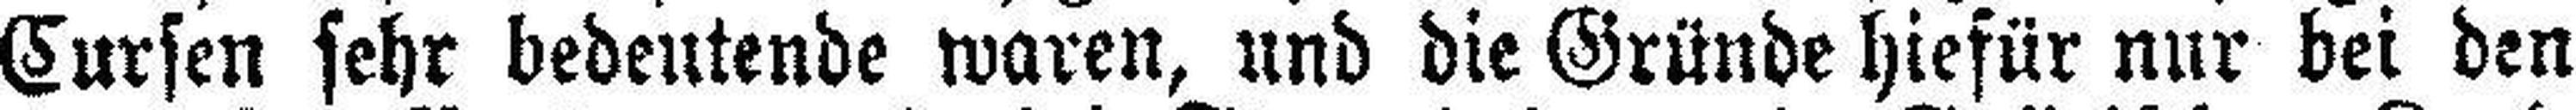
Cursen sehr bedeutende waren, und die Gründe hiefür nur bei den